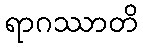
ရာဂဿာတိ